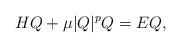
LaTeX: \begin{align*}HQ + \mu|Q|^p Q = EQ,\end{align*}